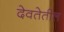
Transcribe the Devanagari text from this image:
देवतेतील